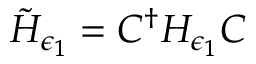
\tilde { H } _ { \epsilon _ { 1 } } = C ^ { \dagger } H _ { \epsilon _ { 1 } } C